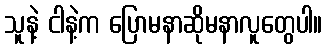
သူနဲ့ ငါနဲ့က ပြောမနာဆိုမနာလူတွေပါ။